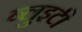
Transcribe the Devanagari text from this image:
ब्लुइटी